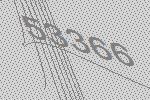
53366